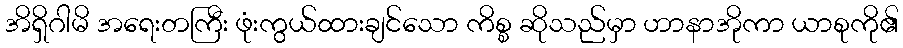
အိရှိဂါမိ အရေးတကြီး ဖုံးကွယ်ထားချင်သော ကိစ္စ ဆိုသည်မှာ ဟာနာအိုကာ ယာစုကို၏